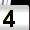
Digit: 4